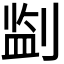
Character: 𪟎